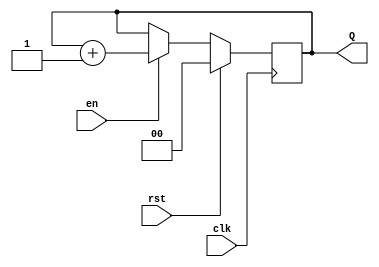
`default_nettype none
module counter (
	clk,
	rst,
	en,
	Q
);
	parameter DATA_WIDTH = 0;
	input wire clk;
	input wire rst;
	input wire en;
	output reg [DATA_WIDTH - 1:0] Q;
	always @(posedge clk)
		if (rst)
			Q <= 'b0;
		else if (en)
			Q <= Q + 'b1;
endmodule
`default_nettype none
module mac (
	clk,
	rst,
	en,
	a,
	b,
	sum
);
	parameter IN_WIDTH = 4;
	parameter OUT_WIDTH = 4;
	input wire clk;
	input wire rst;
	input wire en;
	input wire [IN_WIDTH - 1:0] a;
	input wire [IN_WIDTH - 1:0] b;
	output wire [OUT_WIDTH - 1:0] sum;
	wire [OUT_WIDTH - 1:0] new_sum;
	wire [OUT_WIDTH - 1:0] prod;
	assign prod = a * b;
	assign new_sum = prod + sum;
	register #(.DATA_WIDTH(OUT_WIDTH)) sum_reg(
		.clk(clk),
		.rst(rst),
		.we(en),
		.D(new_sum),
		.Q(sum)
	);
endmodule
`default_nettype none
module register (
	clk,
	rst,
	we,
	D,
	Q
);
	parameter DATA_WIDTH = 8;
	input wire clk;
	input wire rst;
	input wire we;
	input wire [DATA_WIDTH - 1:0] D;
	output reg [DATA_WIDTH - 1:0] Q;
	always @(posedge clk)
		if (rst)
			Q <= 'b0;
		else if (we)
			Q <= D;
endmodule
`default_nettype none
module tpu (
	clk,
	rst,
	insert_kernal,
	insert_matrix,
	ready,
	data_in,
	done,
	data_out
);
	parameter MATRIX_DIM = 16;
	parameter CONV_DIM = 3;
	input wire clk;
	input wire rst;
	input wire insert_kernal;
	input wire insert_matrix;
	input wire ready;
	input wire [7:0] data_in;
	output wire done;
	output wire [7:0] data_out;
	wire [((CONV_DIM * CONV_DIM) * 8) - 1:0] kernal_data;
	wire [($clog2(CONV_DIM) + $clog2(CONV_DIM)) - 1:0] kernal_addr;
	reg [(CONV_DIM * CONV_DIM) - 1:0] kernal_we;
	reg [$clog2(CONV_DIM * CONV_DIM) - 1:0] kernal_data_sel;
	always @(*) begin
		kernal_we = 'b0;
		kernal_data_sel = (kernal_addr[$clog2(CONV_DIM) + ($clog2(CONV_DIM) - 1)-:(($clog2(CONV_DIM) + ($clog2(CONV_DIM) - 1)) >= $clog2(CONV_DIM) ? (($clog2(CONV_DIM) + ($clog2(CONV_DIM) - 1)) - $clog2(CONV_DIM)) + 1 : ($clog2(CONV_DIM) - ($clog2(CONV_DIM) + ($clog2(CONV_DIM) - 1))) + 1)] * CONV_DIM) + {{$clog2(CONV_DIM) {1'b0}}, kernal_addr[$clog2(CONV_DIM) - 1-:$clog2(CONV_DIM)]};
		kernal_we[kernal_data_sel] = insert_kernal;
	end
	genvar i;
	generate
		for (i = 0; i < CONV_DIM; i = i + 1) begin : outer_loop_kernal
			genvar j;
			for (j = 0; j < CONV_DIM; j = j + 1) begin : inner_loop_kernal
				register #(.DATA_WIDTH(8)) kernal_reg(
					.clk(clk),
					.rst(rst),
					.we(kernal_we[(i * CONV_DIM) + j]),
					.D(data_in),
					.Q(kernal_data[((i * CONV_DIM) + j) * 8+:8])
				);
			end
		end
	endgenerate
	wire [((MATRIX_DIM * MATRIX_DIM) * 8) - 1:0] matrix_data;
	wire [(($clog2(MATRIX_DIM) >= 0 ? $clog2(MATRIX_DIM) + 1 : 1 - $clog2(MATRIX_DIM)) + ($clog2(MATRIX_DIM) >= 0 ? $clog2(MATRIX_DIM) + 1 : 1 - $clog2(MATRIX_DIM))) - 1:0] matrix_addr;
	reg [(MATRIX_DIM * MATRIX_DIM) - 1:0] matrix_we;
	reg [$clog2(MATRIX_DIM * MATRIX_DIM) - 1:0] matrix_data_sel;
	always @(*) begin
		matrix_we = 'b0;
		matrix_data_sel = (matrix_addr[($clog2(MATRIX_DIM) >= 0 ? (($clog2(MATRIX_DIM) >= 0 ? $clog2(MATRIX_DIM) + 1 : 1 - $clog2(MATRIX_DIM)) + (($clog2(MATRIX_DIM) >= 0 ? $clog2(MATRIX_DIM) + 1 : 1 - $clog2(MATRIX_DIM)) - 1)) - ($clog2(MATRIX_DIM) - ($clog2(MATRIX_DIM) - 1)) : ($clog2(MATRIX_DIM) >= 0 ? $clog2(MATRIX_DIM) + 1 : 1 - $clog2(MATRIX_DIM)) + (1 - $clog2(MATRIX_DIM))):($clog2(MATRIX_DIM) >= 0 ? (($clog2(MATRIX_DIM) >= 0 ? $clog2(MATRIX_DIM) + 1 : 1 - $clog2(MATRIX_DIM)) + (($clog2(MATRIX_DIM) >= 0 ? $clog2(MATRIX_DIM) + 1 : 1 - $clog2(MATRIX_DIM)) - 1)) - $clog2(MATRIX_DIM) : ($clog2(MATRIX_DIM) >= 0 ? $clog2(MATRIX_DIM) + 1 : 1 - $clog2(MATRIX_DIM)))] * MATRIX_DIM) + {{$clog2(MATRIX_DIM) {1'b0}}, matrix_addr[($clog2(MATRIX_DIM) >= 0 ? (($clog2(MATRIX_DIM) >= 0 ? $clog2(MATRIX_DIM) + 1 : 1 - $clog2(MATRIX_DIM)) - 1) - ($clog2(MATRIX_DIM) - ($clog2(MATRIX_DIM) - 1)) : 1 - $clog2(MATRIX_DIM)):($clog2(MATRIX_DIM) >= 0 ? (($clog2(MATRIX_DIM) >= 0 ? $clog2(MATRIX_DIM) + 1 : 1 - $clog2(MATRIX_DIM)) - 1) - $clog2(MATRIX_DIM) : 0)]};
		matrix_we[matrix_data_sel] = insert_matrix;
	end
	generate
		for (i = 0; i < MATRIX_DIM; i = i + 1) begin : outer_loop_matrix
			genvar j;
			for (j = 0; j < MATRIX_DIM; j = j + 1) begin : inner_loop_matrix
				register #(.DATA_WIDTH(8)) matrix_reg(
					.clk(clk),
					.rst(rst),
					.we(matrix_we[(i * MATRIX_DIM) + j]),
					.D(data_in),
					.Q(matrix_data[((i * MATRIX_DIM) + j) * 8+:8])
				);
			end
		end
	endgenerate
	wire [($clog2(MATRIX_DIM) + $clog2(MATRIX_DIM)) - 1:0] base_addr;
	wire kernal_y_incr;
	assign kernal_y_incr = &kernal_addr[$clog2(CONV_DIM) + ($clog2(CONV_DIM) - 1)-:(($clog2(CONV_DIM) + ($clog2(CONV_DIM) - 1)) >= $clog2(CONV_DIM) ? (($clog2(CONV_DIM) + ($clog2(CONV_DIM) - 1)) - $clog2(CONV_DIM)) + 1 : ($clog2(CONV_DIM) - ($clog2(CONV_DIM) + ($clog2(CONV_DIM) - 1))) + 1)];
	counter #(.DATA_WIDTH((($clog2(CONV_DIM) + ($clog2(CONV_DIM) - 1)) >= $clog2(CONV_DIM) ? (($clog2(CONV_DIM) + ($clog2(CONV_DIM) - 1)) - $clog2(CONV_DIM)) + 1 : ($clog2(CONV_DIM) - ($clog2(CONV_DIM) + ($clog2(CONV_DIM) - 1))) + 1))) kernal_addr_x_counter(
		.clk(clk),
		.rst(rst),
		.en(1'b1),
		.Q(kernal_addr[$clog2(CONV_DIM) + ($clog2(CONV_DIM) - 1)-:(($clog2(CONV_DIM) + ($clog2(CONV_DIM) - 1)) >= $clog2(CONV_DIM) ? (($clog2(CONV_DIM) + ($clog2(CONV_DIM) - 1)) - $clog2(CONV_DIM)) + 1 : ($clog2(CONV_DIM) - ($clog2(CONV_DIM) + ($clog2(CONV_DIM) - 1))) + 1)])
	);
	counter #(.DATA_WIDTH($clog2(CONV_DIM))) kernal_addr_y_counter(
		.clk(clk),
		.rst(rst),
		.en(kernal_y_incr),
		.Q(kernal_addr[$clog2(CONV_DIM) - 1-:$clog2(CONV_DIM)])
	);
	wire base_y_incr;
	wire base_x_incr;
	assign base_x_incr = &kernal_y_incr;
	assign base_y_incr = &base_addr[$clog2(MATRIX_DIM) + ($clog2(MATRIX_DIM) - 1)-:(($clog2(MATRIX_DIM) + ($clog2(MATRIX_DIM) - 1)) >= $clog2(MATRIX_DIM) ? (($clog2(MATRIX_DIM) + ($clog2(MATRIX_DIM) - 1)) - $clog2(MATRIX_DIM)) + 1 : ($clog2(MATRIX_DIM) - ($clog2(MATRIX_DIM) + ($clog2(MATRIX_DIM) - 1))) + 1)];
	counter #(.DATA_WIDTH((($clog2(MATRIX_DIM) + ($clog2(MATRIX_DIM) - 1)) >= $clog2(MATRIX_DIM) ? (($clog2(MATRIX_DIM) + ($clog2(MATRIX_DIM) - 1)) - $clog2(MATRIX_DIM)) + 1 : ($clog2(MATRIX_DIM) - ($clog2(MATRIX_DIM) + ($clog2(MATRIX_DIM) - 1))) + 1))) base_addr_x_counter(
		.clk(clk),
		.rst(rst),
		.en(base_x_incr),
		.Q(base_addr[$clog2(MATRIX_DIM) + ($clog2(MATRIX_DIM) - 1)-:(($clog2(MATRIX_DIM) + ($clog2(MATRIX_DIM) - 1)) >= $clog2(MATRIX_DIM) ? (($clog2(MATRIX_DIM) + ($clog2(MATRIX_DIM) - 1)) - $clog2(MATRIX_DIM)) + 1 : ($clog2(MATRIX_DIM) - ($clog2(MATRIX_DIM) + ($clog2(MATRIX_DIM) - 1))) + 1)])
	);
	counter #(.DATA_WIDTH($clog2(MATRIX_DIM))) base_addr_y_counter(
		.clk(clk),
		.rst(rst),
		.en(base_y_incr),
		.Q(base_addr[$clog2(MATRIX_DIM) - 1-:$clog2(MATRIX_DIM)])
	);
	parameter DIFF = $clog2(MATRIX_DIM) - $clog2(CONV_DIM);
	assign matrix_addr[($clog2(MATRIX_DIM) >= 0 ? $clog2(MATRIX_DIM) + 1 : 1 - $clog2(MATRIX_DIM)) + (($clog2(MATRIX_DIM) >= 0 ? $clog2(MATRIX_DIM) + 1 : 1 - $clog2(MATRIX_DIM)) - 1)-:((($clog2(MATRIX_DIM) >= 0 ? $clog2(MATRIX_DIM) + 1 : 1 - $clog2(MATRIX_DIM)) + (($clog2(MATRIX_DIM) >= 0 ? $clog2(MATRIX_DIM) + 1 : 1 - $clog2(MATRIX_DIM)) - 1)) >= ($clog2(MATRIX_DIM) >= 0 ? $clog2(MATRIX_DIM) + 1 : 1 - $clog2(MATRIX_DIM)) ? ((($clog2(MATRIX_DIM) >= 0 ? $clog2(MATRIX_DIM) + 1 : 1 - $clog2(MATRIX_DIM)) + (($clog2(MATRIX_DIM) >= 0 ? $clog2(MATRIX_DIM) + 1 : 1 - $clog2(MATRIX_DIM)) - 1)) - ($clog2(MATRIX_DIM) >= 0 ? $clog2(MATRIX_DIM) + 1 : 1 - $clog2(MATRIX_DIM))) + 1 : (($clog2(MATRIX_DIM) >= 0 ? $clog2(MATRIX_DIM) + 1 : 1 - $clog2(MATRIX_DIM)) - (($clog2(MATRIX_DIM) >= 0 ? $clog2(MATRIX_DIM) + 1 : 1 - $clog2(MATRIX_DIM)) + (($clog2(MATRIX_DIM) >= 0 ? $clog2(MATRIX_DIM) + 1 : 1 - $clog2(MATRIX_DIM)) - 1))) + 1)] = base_addr[$clog2(MATRIX_DIM) + ($clog2(MATRIX_DIM) - 1)-:(($clog2(MATRIX_DIM) + ($clog2(MATRIX_DIM) - 1)) >= $clog2(MATRIX_DIM) ? (($clog2(MATRIX_DIM) + ($clog2(MATRIX_DIM) - 1)) - $clog2(MATRIX_DIM)) + 1 : ($clog2(MATRIX_DIM) - ($clog2(MATRIX_DIM) + ($clog2(MATRIX_DIM) - 1))) + 1)] + {{DIFF {1'b0}}, kernal_addr[$clog2(CONV_DIM) + ($clog2(CONV_DIM) - 1)-:(($clog2(CONV_DIM) + ($clog2(CONV_DIM) - 1)) >= $clog2(CONV_DIM) ? (($clog2(CONV_DIM) + ($clog2(CONV_DIM) - 1)) - $clog2(CONV_DIM)) + 1 : ($clog2(CONV_DIM) - ($clog2(CONV_DIM) + ($clog2(CONV_DIM) - 1))) + 1)]};
	assign matrix_addr[($clog2(MATRIX_DIM) >= 0 ? $clog2(MATRIX_DIM) + 1 : 1 - $clog2(MATRIX_DIM)) - 1-:($clog2(MATRIX_DIM) >= 0 ? $clog2(MATRIX_DIM) + 1 : 1 - $clog2(MATRIX_DIM))] = base_addr[$clog2(MATRIX_DIM) - 1-:$clog2(MATRIX_DIM)] + {{DIFF {1'b0}}, kernal_addr[$clog2(CONV_DIM) - 1-:$clog2(CONV_DIM)]};
	wire mac_en;
	wire mac_rst;
	assign mac_rst = base_x_incr & ready;
	assign done = mac_rst;
	assign mac_en = 1'b1;
	mac #(
		.IN_WIDTH(8),
		.OUT_WIDTH(8)
	) conv_mac(
		.clk(clk),
		.rst(mac_rst),
		.en(mac_en),
		.a(kernal_data[kernal_data_sel * 8+:8]),
		.b(matrix_data[matrix_data_sel * 8+:8]),
		.sum(data_out)
	);
endmodule